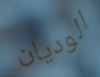
الوديان